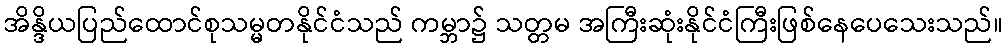
အိန္ဒိယပြည်ထောင်စုသမ္မတနိုင်ငံသည် ကမ္ဘာ၌ သတ္တမ အကြီးဆုံးနိုင်ငံကြီးဖြစ်နေပေသေးသည်။